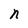
Character: n